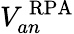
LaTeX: V_{an}^{\, \mathrm{RPA}}